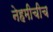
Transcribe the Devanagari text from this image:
नेहमीचीच